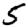
Digit: 5